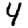
Digit: 4